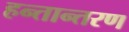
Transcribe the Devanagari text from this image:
हन्तान्तरण